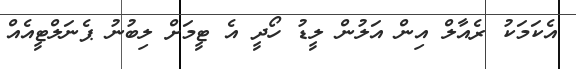
އެކަމަކު ރެއާލް އިން އަލުން ލީޑު ހޯދީ އެ ޓީމަށް ލިބުނު ޕެނަލްޓީއެއް